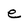
Character: e